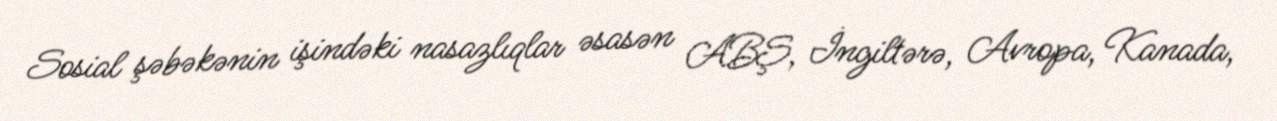
Sosial şəbəkənin işindəki nasazlıqlar əsasən ABŞ, İngiltərə, Avropa, Kanada,